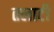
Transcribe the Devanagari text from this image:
तलाटी